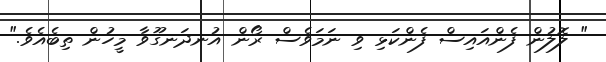
" ލޮލުން ފެންއައިސް ފެންކަޅި ވި ނަމަވެސް ރޯން އުނދަނގޫވާ މީހުން ތިބެއެވެ."